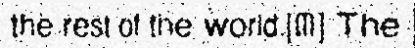
the rest of the world.[៣] The